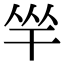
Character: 𢆑